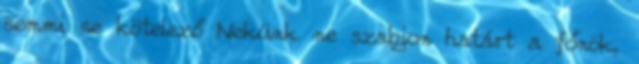
semmi se kötelező Nekünk ne szabjon határt a főnök,